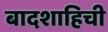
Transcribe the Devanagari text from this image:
बादशाहिची